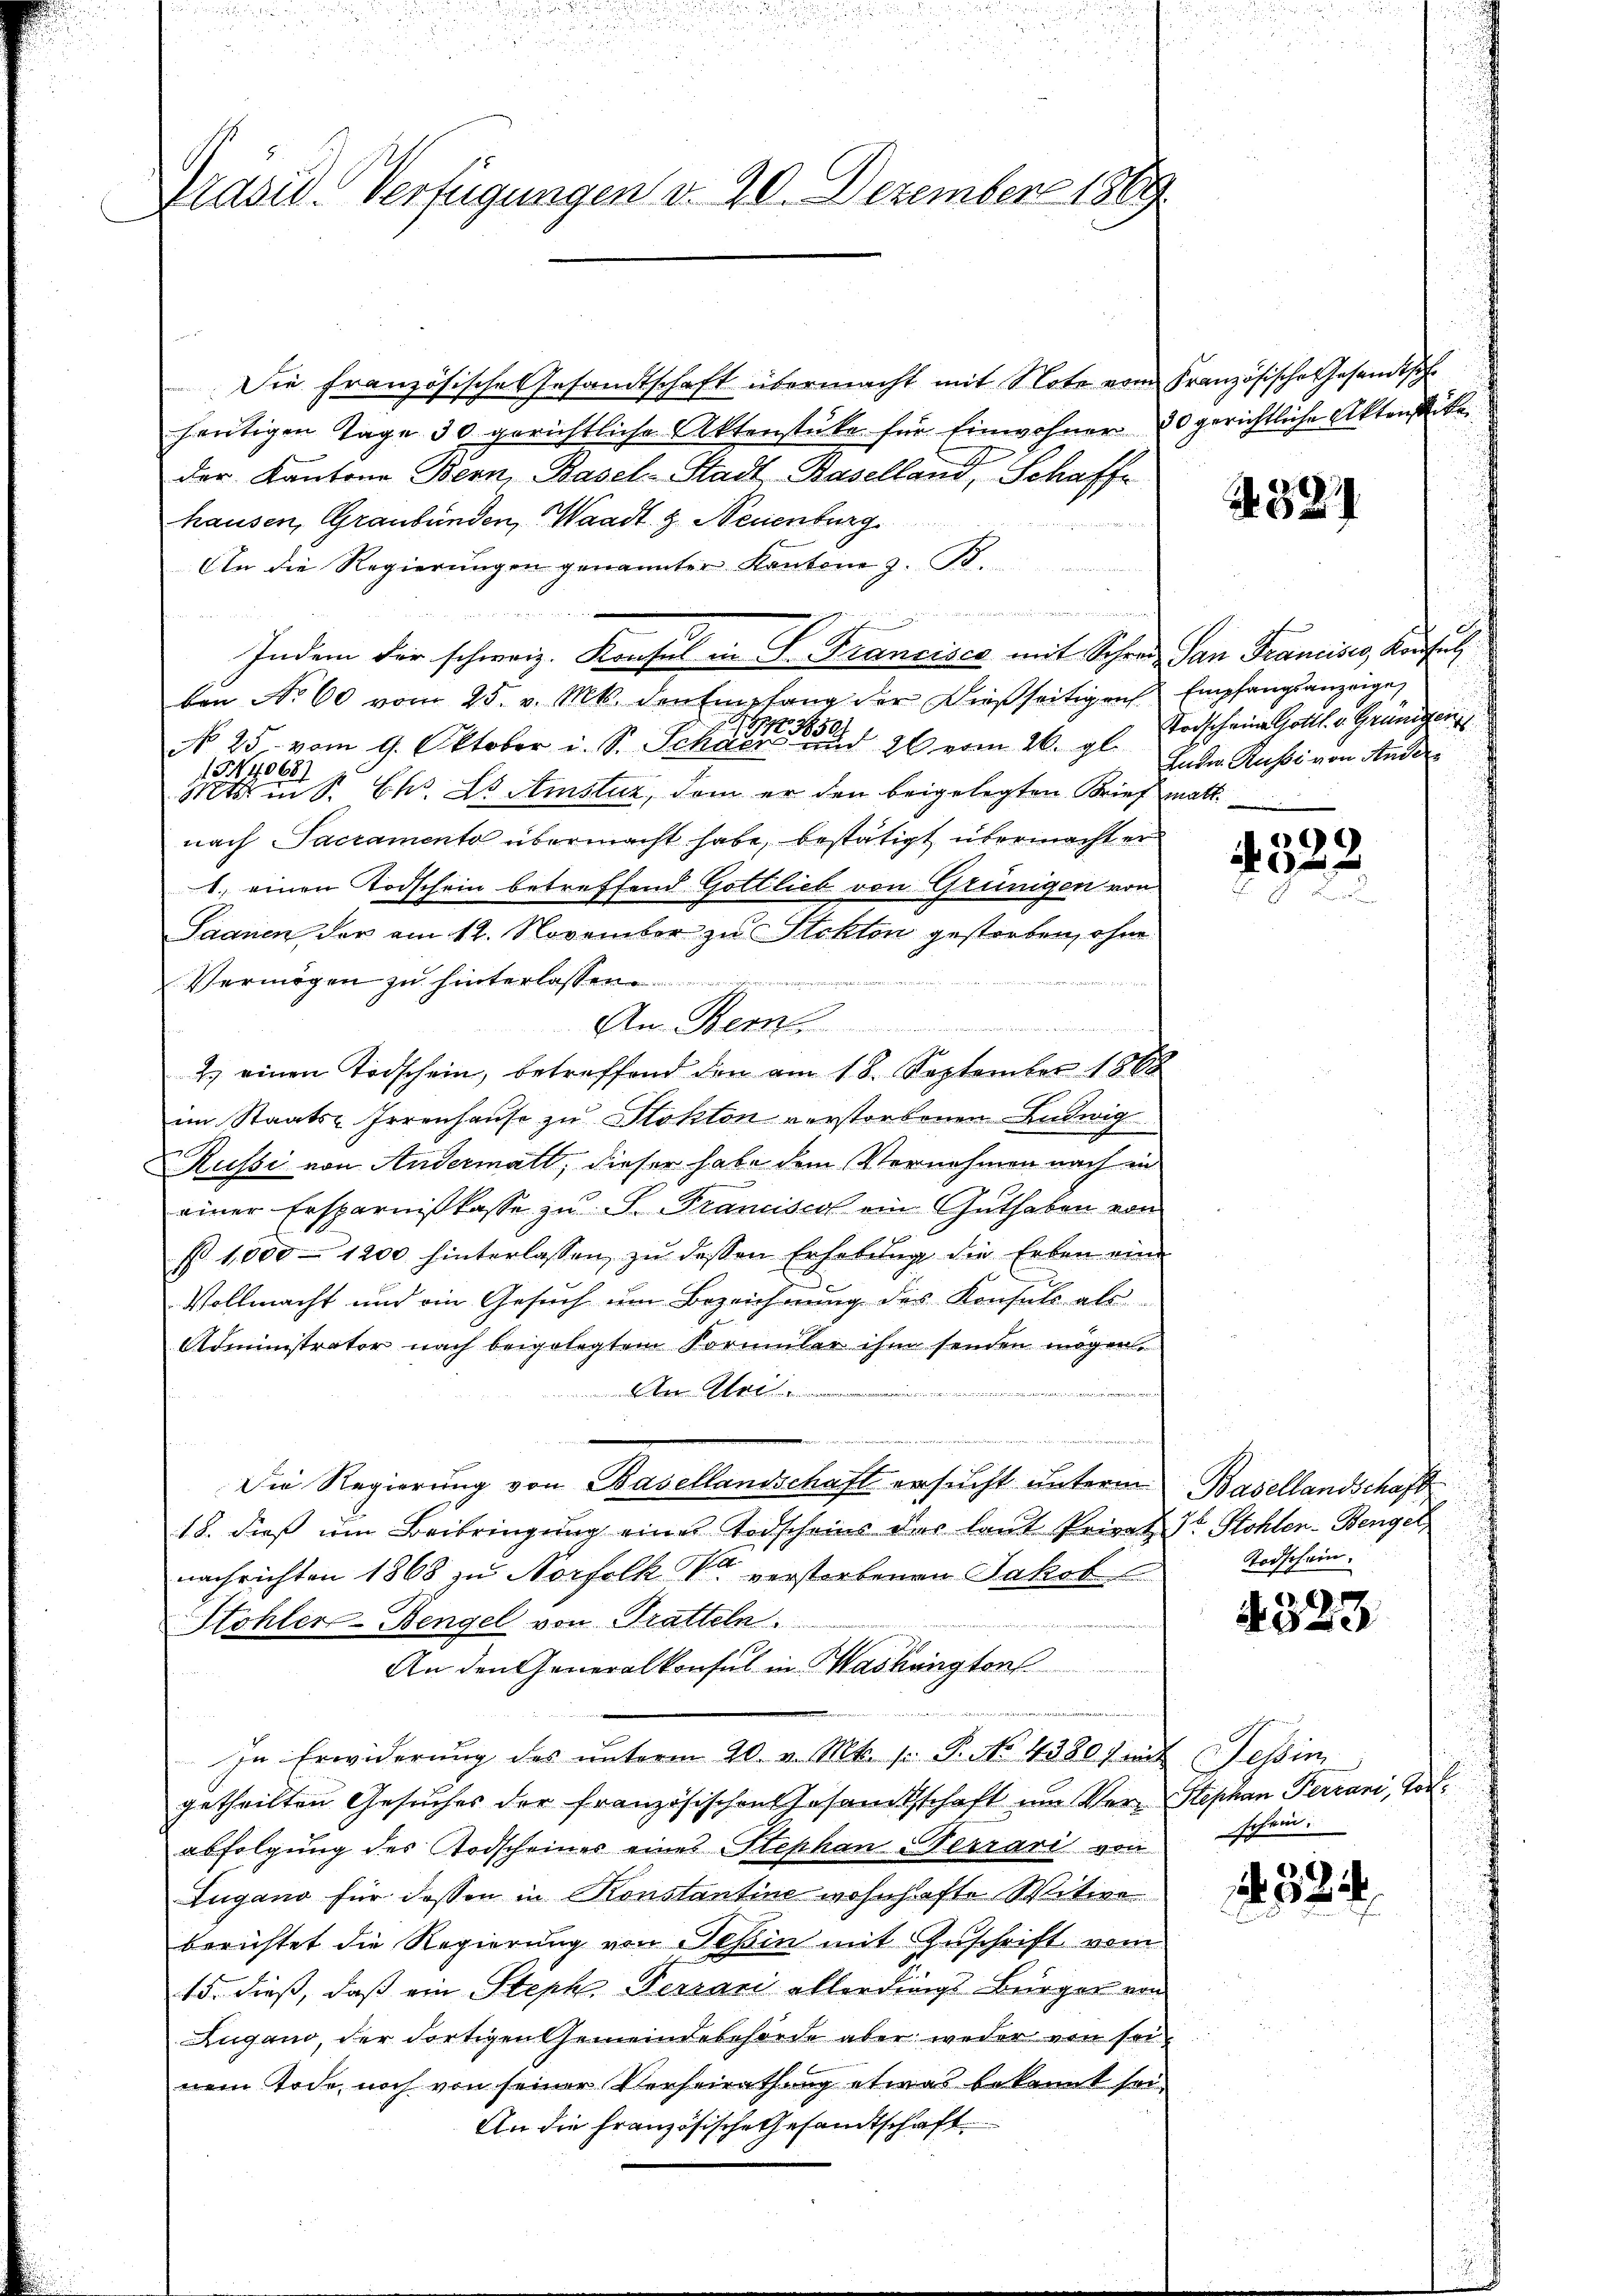
Präsid. Verfügungen d. 20. Dezember 1869.

Die französische Gesandtschaft übermacht mit Note vom Französische Gesandtsch
heutigen Tage 30 gerichtliche Aktenstüke für Einwohner
1
der Kantone Bern, Basel-Stadt-Baselland, Schaffe
hausen, Graubünden, Waadt & Neuenburg
An die Regierungen genannter Kantone z. B.
.
  in der Berechen seinen Franti a
Indem der schweiz. Konsul in P. Francisco mit Schres San Francises, Konsul
ben No 60 vom 25. v. Mts. den Empfang der dießseitigen Empfangsanzeige,
No 25. vom 9. Oktober i. S. Sekreten 26 vom 26. gl. Zulen Russi von Ander
GN40681
Mts. in S. Chr. Dr. Amstuz, dem er den beigelegten Brief matt.
nach Sacramento übermacht habe, bestätigt übermacht er
1.) einen Todschein betreffend Gottlieb von Grünigen von
Saanen der am 12. November zu Stekton gestorben, ohne
Vermögen zu hinterlas
An Bem
2. einen Todschein, betreffend den am 18. September 1868
im Staats-Irrenhause zu Stohton verstorbenen Entwig
Russi von Andermatt, dieser habe dem Vernehmen nach in
einer Ersparnißkasse zu S. Francisco ein Guthaben von
§ 1000 - 1200 hinterlassen zŭ dessen Erhebŭng die Erben eine
Vollmacht und ein Gesuch um Bezeichnung des Konsuls als
Administrator nach beigelegtem Kormuler ihm senden mögen,
An Glei

Die Regierung von Basellandschaft ersucht unterm
18. dieß um Beibringung eines Todscheins der laut Privat
nachrichten 1868 zu Norfolk V verstorbenen Jakob
Stohler-Bengel von Tratteln.
An den Generalkonsul in Washington
In Erwiderung des unterm 20. v. Mts. pr. P. Nr. 43801 mit Tessin
getheilten Gesuches der französischen Gesamtschaft um Verabfolgung des Todscheines eines Stephan-Terrari von
Lugano für dassen in Konstantine wohnhafte Witwe
berichtet die Regierung von Teßin mit Zuschrift vom
15. dieß, daß ein Steph Persani allerdings Bürger von
Lugano, der dortigen Gemeindebehörde aber weder von seinem Tode, noch von seiner Verheirathung etwas bekannt sei,
An die französische Gesandtschaft

30 gerichtliche Aktenstite

521

Todscheine Gottl. v. Grünigen

4522

Basellandschafft
7t Stohlen- Bengel
Todschein.

323

Stephan Ferrani, Tod.
schein.

24